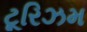
ટૂરિઝમ